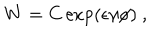
LaTeX: W = C \exp ( \epsilon \gamma \phi ) ~ ,